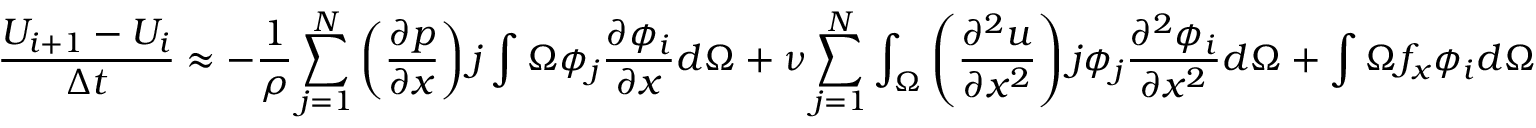
{ \frac { U _ { i + 1 } - U _ { i } } { \Delta t } } \approx - { \frac { 1 } { \rho } } \sum _ { j = 1 } ^ { N } \left( { \frac { \partial p } { \partial x } } \right) j \int { \Omega } \phi _ { j } { \frac { \partial \phi _ { i } } { \partial x } } d \Omega + \nu \sum _ { j = 1 } ^ { N } \int _ { \Omega } \left( { \frac { \partial ^ { 2 } u } { \partial x ^ { 2 } } } \right) j \phi _ { j } { \frac { \partial ^ { 2 } \phi _ { i } } { \partial x ^ { 2 } } } d \Omega + \int { \Omega } f _ { x } \phi _ { i } d \Omega